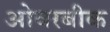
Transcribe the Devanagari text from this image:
ओवरबीक